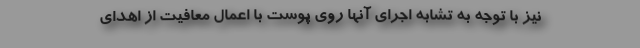
نیز با توجه به تشابه اجرای آنها روی پوست با اعمال معافیت از اهدای